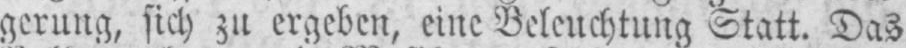
gerung, sich zu ergeben, eine Beleuchtung Statt. Das